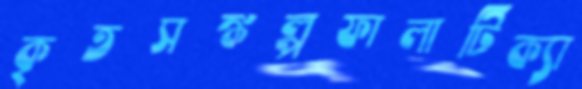
কৃতসঙ্কল্পফালাটিক্যা